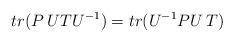
LaTeX: \begin{align*}tr(P\:UTU^{-1})= tr(U^{-1}PU\:T)\end{align*}